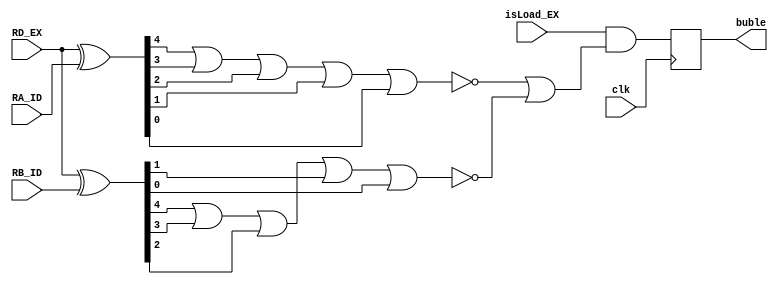
`timescale 1ns / 1ps


module Hazard_Detection#(parameter size = 32)(
    input clk,
    input [4:0] RD_EX,
    input isLoad_EX,
    input [4:0] RA_ID, 
    input [4:0] RB_ID,
    output reg buble = 1'b0);
    
    
    wire [4:0] RD_RA;
    wire [4:0] RD_RB;
    wire isRA;
    wire isRB;
    
    assign RD_RA = RD_EX ^ RA_ID;
    assign RD_RB = RD_EX ^ RB_ID;
    assign isRA = ~(RD_RA[4] | RD_RA[3] | RD_RA[2] | RD_RA[1] | RD_RA[0]);
    assign isRB = ~(RD_RB[4] | RD_RB[3] | RD_RB[2] | RD_RB[1] | RD_RB[0]);
   
    always@(negedge clk) begin
        buble = isLoad_EX & (isRA | isRB);
    end
endmodule